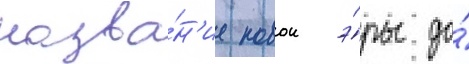
назва́н'ие новои э́ры до́